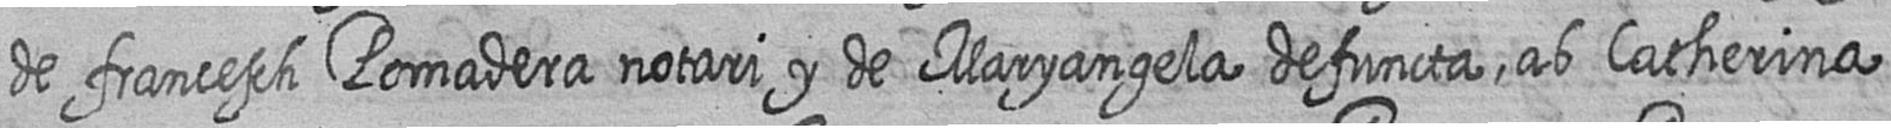
de francesch Pomadera notari y de Maryangela defuncta ab Catherina